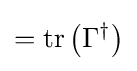
=\operatorname {tr} \left(\Gamma ^{\dagger }\right)